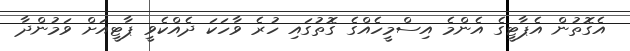
އެގޮތުން އެޕާޓީގެ އެންމެ އިސްމީހެއްގެ ގޮތުގައި ހުރެ ވާހަކަ ދެއްކެވީ ޕާޓީއަށް ވަމުންދާ